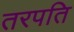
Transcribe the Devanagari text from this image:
तरपति